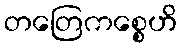
တတြေကစ္စေဟိ